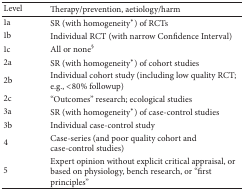
<table><thead><tr><td><b>Level</b></td><td><b>Therapy/prevention, aetiology/harm</b></td></tr></thead><tbody><tr><td>1a</td><td>SR (with homogeneity*) of RCTs</td></tr><tr><td>1b</td><td>Individual RCT (with narrow Confidence Interval)</td></tr><tr><td>1c</td><td>All or none<sup>§</sup></td></tr><tr><td>2a</td><td>SR (with homogeneity*) of cohort studies</td></tr><tr><td>2b</td><td>Individual cohort study (including low quality RCT; e.g., &lt;80% followup)</td></tr><tr><td>2c</td><td>“Outcomes” research; ecological studies</td></tr><tr><td>3a</td><td>SR (with homogeneity*) of case-control studies</td></tr><tr><td>3b</td><td>Individual case-control study</td></tr><tr><td>4</td><td>Case-series (and poor quality cohort and case-control studies)</td></tr><tr><td>5</td><td>Expert opinion without explicit critical appraisal, or based on physiology, bench research, or “first principles” </td></tr></tbody></table>